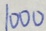
1 0 0 0